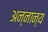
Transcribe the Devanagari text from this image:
अन्नान्य